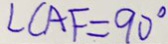
\angle C A F = 9 0 ^ { \circ }